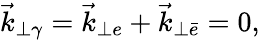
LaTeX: \vec{k}_{\perp\gamma}=\vec{k}_{\perp e}+\vec{k}_{\perp\bar{e}}=0,